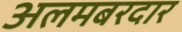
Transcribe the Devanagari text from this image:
अलमबरदार